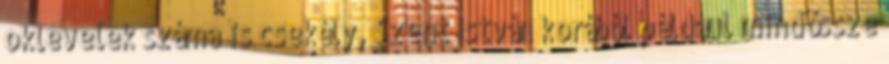
oklevelek száma is csekély, Szent István korából például mindössze